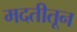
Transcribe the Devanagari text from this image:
मदतीतून